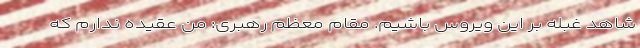
شاهد غبله بر این ویروس باشیم. مقام معظم رهبری: من عقیده ندارم که